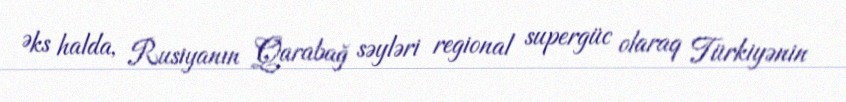
Əks halda, Rusiyanın Qarabağ səyləri regional supergüc olaraq Türkiyənin